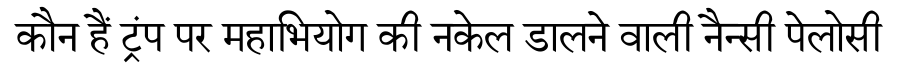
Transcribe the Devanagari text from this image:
कौन हैं ट्रंप पर महाभियोग की नकेल डालने वाली नैन्सी पेलोसी